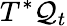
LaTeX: T^{*}\mathcal{Q}_{t}